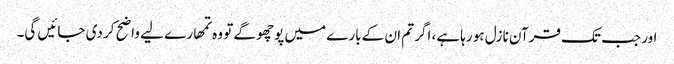
اور جب تک قرآن نازل ہو رہا ہے، اگر تم ان کے بارے میں پوچھو گے تو وہ تمھارے لیے واضح کر دی جائیں گی۔